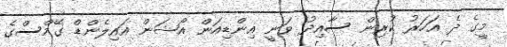
މީގެ ދެ އަހަރު ކުރިން ސާއިދު ވަނީ އިންޑިއަން އޯޝަން އައިލެންޑް ގޭމްސްގެ